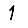
Digit: 1